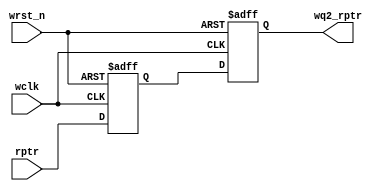
module synchro_r2W #(parameter ADDRSIZE = 4)
 (output reg [ADDRSIZE:0] wq2_rptr,
 input [ADDRSIZE:0] rptr,
 input wclk, wrst_n);
 reg [ADDRSIZE:0] wq1_rptr;
 always @(posedge wclk or negedge wrst_n)
 if (!wrst_n) 
 begin
 wq2_rptr<= 0;
 wq1_rptr<=0;
 end
 else begin 
 wq1_rptr <= rptr;
 wq2_rptr<=wq1_rptr;
 end
endmodule